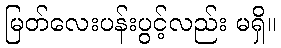
မြတ်လေးပန်းပွင့်လည်း မရှိ။